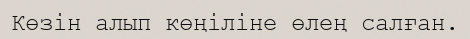
Көзін алып көңіліне өлең салған.